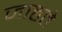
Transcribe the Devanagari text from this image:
जाहते